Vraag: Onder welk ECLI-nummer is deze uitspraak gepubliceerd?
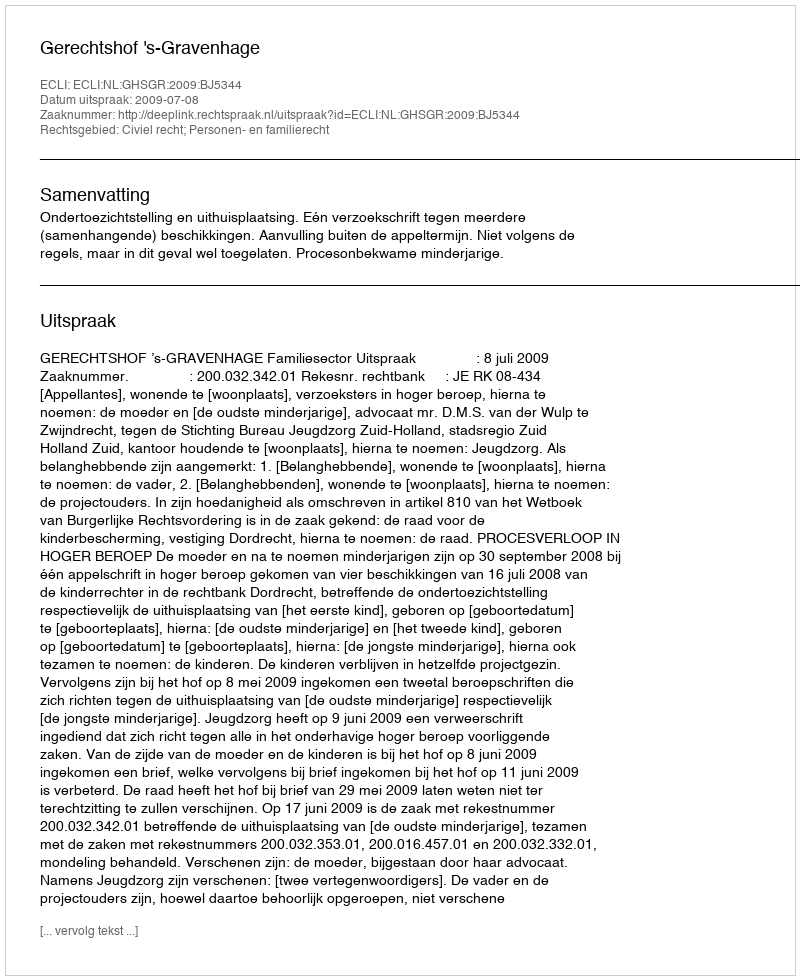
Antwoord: ECLI:NL:GHSGR:2009:BJ5344